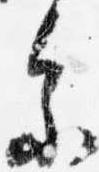
参